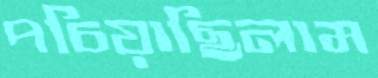
পচিয়াছিলাম